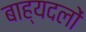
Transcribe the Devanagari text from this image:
बाह्यदलों